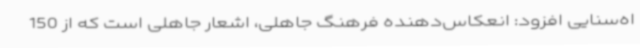
اه‌سنایی افزود: انعکاس‌دهنده فرهنگ جاهلی، اشعار جاهلی است که از 150